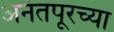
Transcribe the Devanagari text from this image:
अनंतपूरच्या